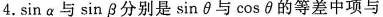
4. \sin \alpha 与 \sin \beta 分别是\sin \theta 与 \cos \theta的等差中项与